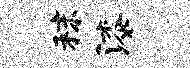
秣漆